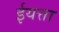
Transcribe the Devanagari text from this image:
ईयत्ता